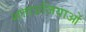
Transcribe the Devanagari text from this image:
शताऊजियाओं